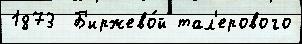
1873  Б'иржево́й тал'ерового